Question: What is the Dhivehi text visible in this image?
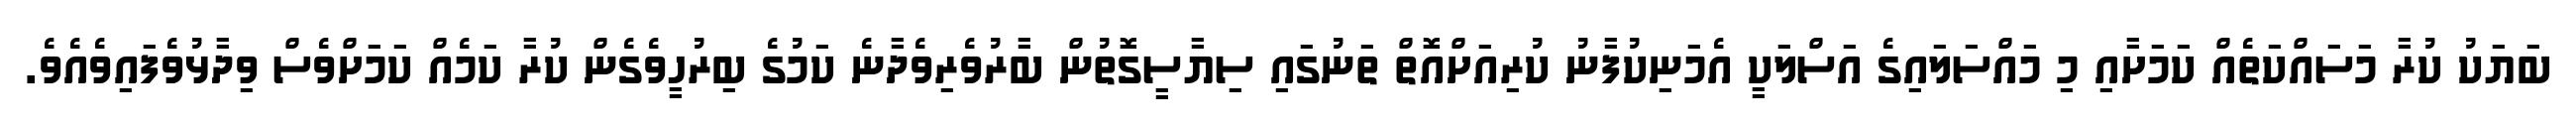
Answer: ބަޔަކު ކުރާ މަސައްކަތެއް ކަމަށާއި މި މައްސަލައިގެ އަސްލަކީ އެމަނިކުފާނު ކުރިއަށްއޮތް ތަނުގައި ސިޔާސީގޮތުން ބާރުވެރިވެދާނެ ކަމުގެ ބިރުހީވެގެން ކުރާ ކަމެއް ކަމަށްވެސް ވިދާޅުވެފައިވެއެވެ.